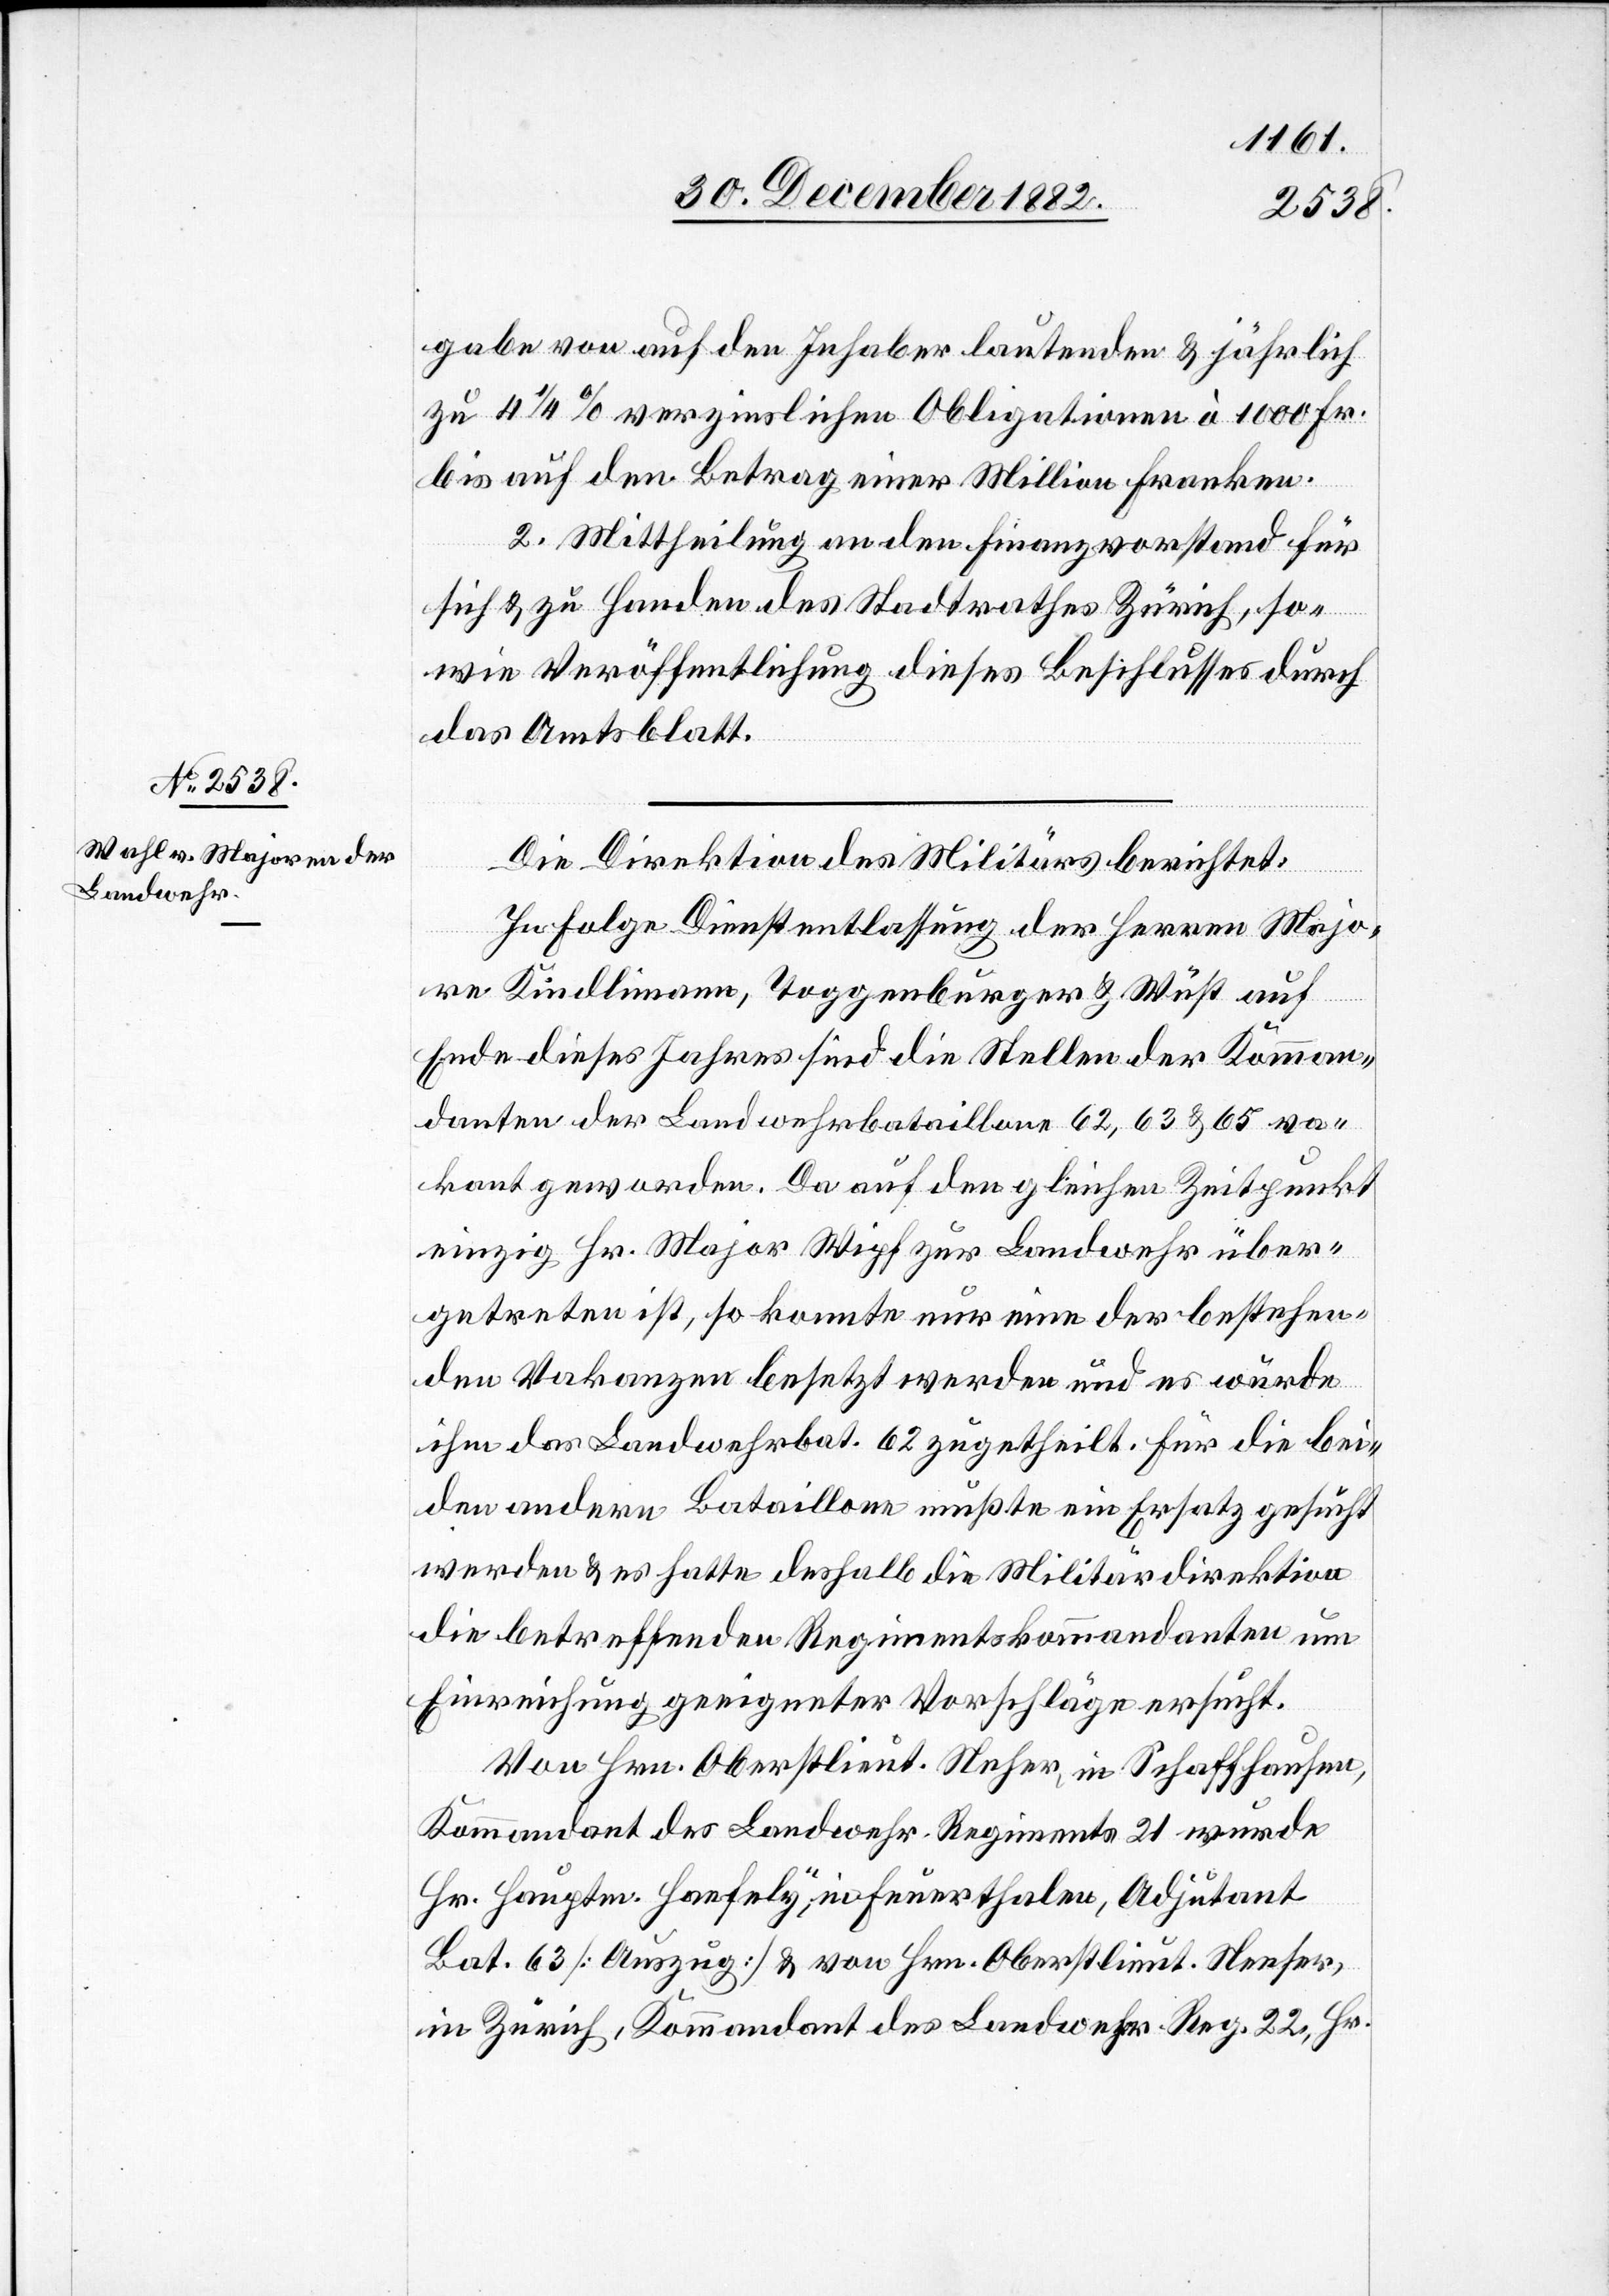
gabe von auf den Inhaber lautenden Oblig¬
bis auf den Betrag [von] einer Million Franken.
2. Mittheilung an den Finanzvorstand für
sich und zu Handen des Stadtrathes Zürich, so¬
wie Veröffentlichung dieses Beschlusses durch
Fr.
das Amtsblatt.
Die Direktion des Militärs berichtet:
In Folge Dienstentlassung der Herren Majo¬
ren Kindlimann, Toggenburger & Wüst auf
Ende dieses Jahres sind die Stellen der Komman¬
danten der Landwehrbataillone 62, 63 & 65 va¬
kant geworden. Da auf den gleichen Zeitpunkt
einzig Hr. Major Wipf zur Landwehr über¬
getreten ist, so konnte nur eine der bestehen¬
den Vakanzen besetzt werden und es wurde
ihm das Landwehrbat. 62 zugetheilt. Für die bei¬
den andern Bataillone mußte ein Ersatz gesucht
werden & es hatte deshalb die Militärdirektion
die betreffenden Regimentskommandanten um
Einreichung geeigneter Vorschläge ersucht.
Von Hr. Oberstlieut. Neher, in Schaffhausen,
Kommandant des Landwehr. Regiments 21 wurde
Hr. Hauptm. Haefely, in Feuerthalen, Adjutant
Bat. 63 [Auszug] & von Hrn. Oberstlieut. Neefer,
in Zürich, Kommandant des Landwehr. Reg. 22, Hr.